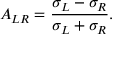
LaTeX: A _ { L R } = \frac { \sigma _ { L } - \sigma _ { R } } { \sigma _ { L } + \sigma _ { R } } .